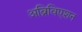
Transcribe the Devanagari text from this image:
अब्रिविएशन